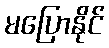
မပြောနိုင်